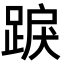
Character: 𨁸